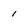
Character: 1